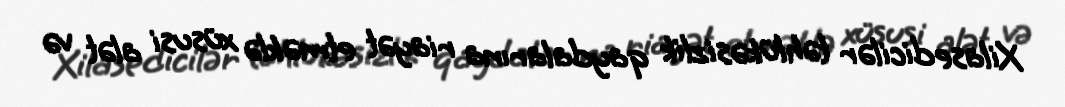
Xilasedicilər təhlükəsizlik qaydalarına riayət etməklə xüsusi alət və